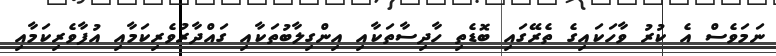
ނަމަވެސް އެ ކުރު ވާހަކައިގެ ތެރޭގައި ބޮޑެތި ހާދިސާތަކާއި އިންގިލާބުތަކާއި ގައްދާރުވެރިކަމާއި އުފާވެރިކަމާއި